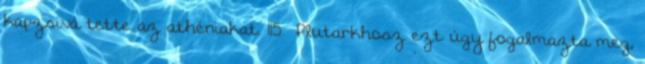
kapzsivá tette az athéniakat. 115 Plutarkhosz ezt úgy fogalmazta meg,